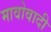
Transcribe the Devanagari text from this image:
मावोवादी